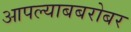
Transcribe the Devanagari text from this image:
आपल्याबबरोबर